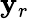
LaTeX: \mathbf{y}_{r}